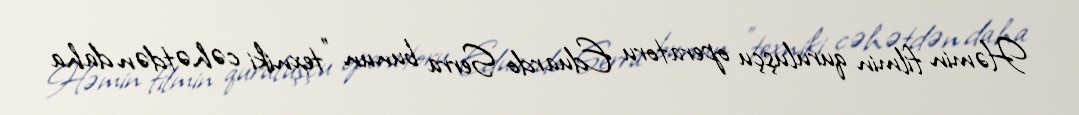
Həmin filmin quruluşçu operatoru Eduardo Serra bunun "texniki cəhətdən daha